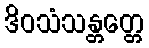
ဒိဝသံသန္တတ္တေ